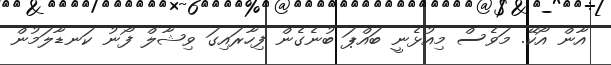
އާން އޯކޭ. މަވެސް މިއުޅެނީ ބައްޕަ ބުނެގެން ފިހާރައިގަ ވިޝާލް ފޯނު ކަނޑާލަމުން